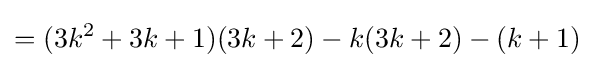
=(3k^{2}+3k+1)(3k+2)-k(3k+2)-(k+1)